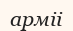
арміі